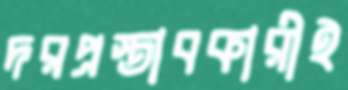
দরপ্রস্তাবকারীই